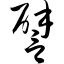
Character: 譬